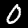
Digit: 0